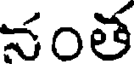
నంత